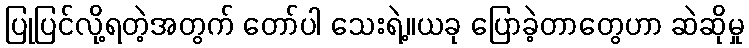
ပြုပြင်လို့ရတဲ့အတွက် တော်ပါ သေးရဲ့။ယခု ပြောခဲ့တာတွေဟာ ဆဲဆိုမှု